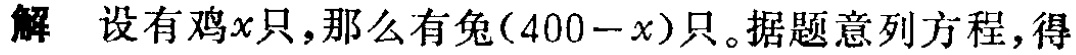
解 设有鸡\(x\)只，那么有兔\((400 - x)\)只。据题意列方程，得